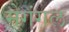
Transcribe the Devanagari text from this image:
मेगंगल